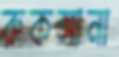
রুকসানা